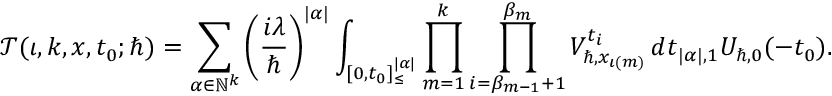
\mathcal { T } ( \iota , k , \boldsymbol { x } , t _ { 0 } ; \hbar ) = \sum _ { \alpha \in \mathbb { N } ^ { k } } \left( \frac { i \lambda } { \hbar } \right) ^ { | \alpha | } \int _ { [ 0 , t _ { 0 } ] _ { \leq } ^ { | \alpha | } } \prod _ { m = 1 } ^ { k } \prod _ { i = \beta _ { m - 1 } + 1 } ^ { \beta _ { m } } V _ { \hbar , x _ { \iota ( m ) } } ^ { t _ { i } } \, d \boldsymbol { t } _ { | \alpha | , 1 } U _ { \hbar , 0 } ( - t _ { 0 } ) .